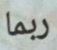
ربما